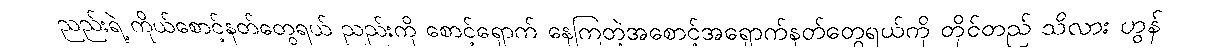
ညည်းရဲ့ ကိုယ်စောင့်နတ်တွေရယ် ညည်းကို စောင့်ရှောက် နေကြတဲ့အစောင့်အရှောက်နတ်တွေရယ်ကို တိုင်တည် သိလား ဟွန်